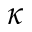
\kappa